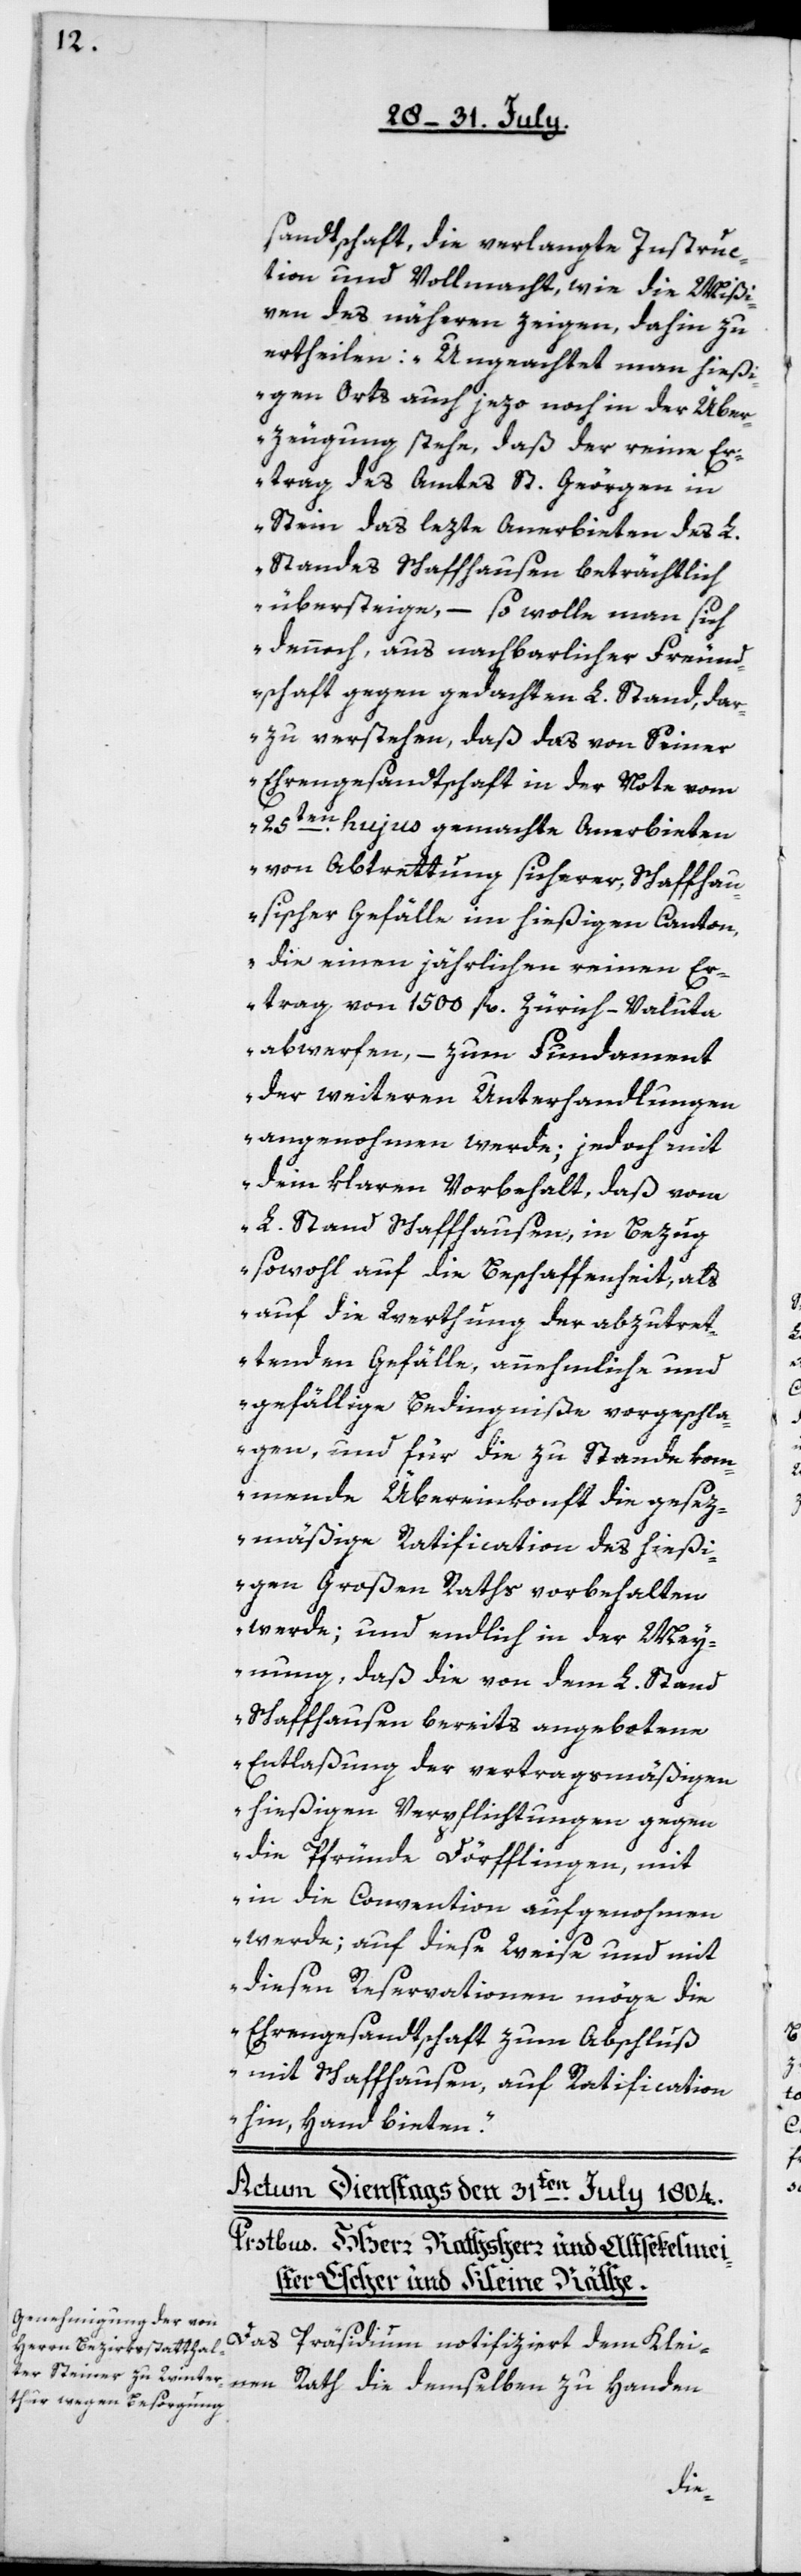
sandtschaft die verlangte Instruc¬
tion und Vollmacht, wie die Mißi¬
ven des näheren zeigen, dahin zu
erteilen: „Ungeachtet man hieß¬
igen Orts auch jezo noch in der Über¬
zeugung stehe, daß der reine Er¬
trag des Amtes St. Geörgen in
Stein das lezte Anerbieten des L.
Standes Schaffhausen beträchtlich
übersteige, – so wolle man sich
dennoch, aus nachbarlicher Freund¬
schaft gegen gedachten L. Stand, dar¬
zu verstehen, daß das von seiner
Ehrengesandtschaft in der Note vom
25ten hujus gemachte Anerbieten
von Abtrettung sicherer,Schaffhau¬
sischer Gefälle im hießigen Canton,
die einen jährlichen reinen Er¬
trag von 1500 fl. Zürich-Valuta
abwerfen, – zum Fundament
der weiteren Unterhandlungen
angenohmen werde; jedoch mit
dem klaren Vorbehalt, daß vom
L. Stand Schaffhausen, in Bezug
sowohl auf die Beschaffenheit, als
auf die Werthung der abzutret¬
enden Gefälle, annehmliche und
gefällige Bedingniße vorgeschla¬
gen, und für die zustande kom¬
mende Übereinkonft die gesez¬
mäßige Ratification des hießi¬
gen Großen Raths vorbehalten
werde; und endlich in der Mey¬
nung, daß die von dem L. Stand
Schaffhausen bereits angebotene
Entlaßung der vertragsmäßigen
hießigen Verpflichtungen gegen
die Pfründe Dörfflingen, mit
in die Convention aufgenommen
werde, auf diese Weise und mit
diesen Reservationen möge die
Ehrengesandtschaft zum Abschluß
mit Schaffhausen, auf Ratification
hin, Hand bieten.“
Das Präsidium notifiziert dem Klei¬
nen Rath die demselben zu Handen